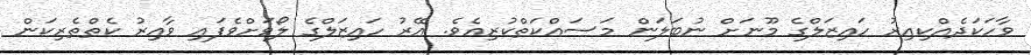
ވާހަކަދެއްކިއިރު ހައިޒަލްގެ މޫނަށް ނުބަލަން މަސައްކަަތްކުރިއެވެ. އޭރު ހައިޒަލްގެ ލޯވަށްވެފައި ވާއިރު ކެތްތެރިކަން